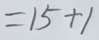
= 1 5 + 1